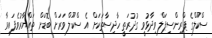
ސްކޫލްގެ ޕްރިންސިޕަލް ވިދާޅުވީ ގުދުރަތީ ހާދިސާތަކަށް އެ ސްކޫލް ވަރަށް ބޮޑަށް ތައްޔާރުވެފައިވާ